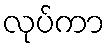
လုပ်ကာ